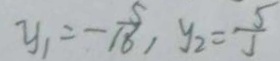
y _ { 1 } = - \frac { 5 } { 1 8 6 } , y _ { 2 } = \frac { 5 } { 5 }